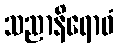
သညာနိရောဓံ